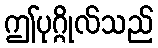
ဤပုဂ္ဂိုလ်သည်